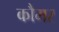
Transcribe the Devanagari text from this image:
कौमर